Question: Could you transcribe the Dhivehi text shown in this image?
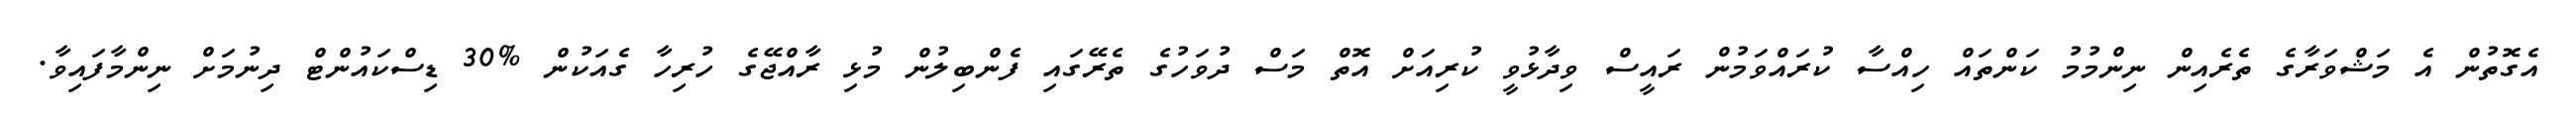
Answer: އެގޮތުން އެ މަޝްވަރާގެ ތެރެއިން ނިންމުމު ކަންތައް ހިއްސާ ކުރައްވަމުން ރައީސް ވިދާޅުވީ ކުރިއަށް އޮތް މަސް ދުވަހުގެ ތެރޭގައި ފެންބިލުން މުޅި ރާއްޖޭގެ ހުރިހާ ގެއަކުން %30 ޑިސްކައުންޓް ދިނުމަށް ނިންމާފައިވާ.